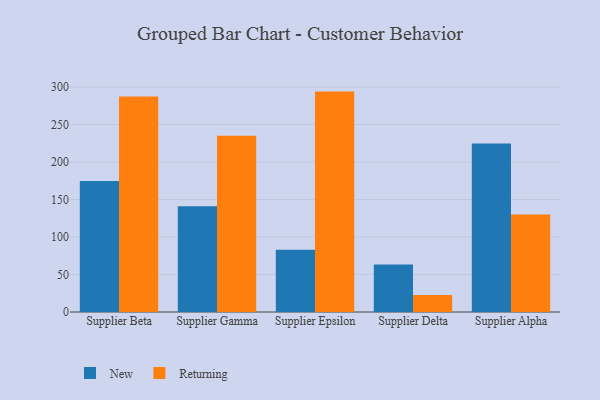
{"axis": {"x": "Supplier", "y": "Customer Acquisition Cost (USD)"}, "legend": ["New", "Returning"], "data": [{"x": "Supplier Beta", "y": 174.6, "type": "New"}, {"x": "Supplier Beta", "y": 287.5, "type": "Returning"}, {"x": "Supplier Gamma", "y": 141.0, "type": "New"}, {"x": "Supplier Gamma", "y": 234.9, "type": "Returning"}, {"x": "Supplier Epsilon", "y": 82.9, "type": "New"}, {"x": "Supplier Epsilon", "y": 293.9, "type": "Returning"}, {"x": "Supplier Delta", "y": 63.4, "type": "New"}, {"x": "Supplier Delta", "y": 22.8, "type": "Returning"}, {"x": "Supplier Alpha", "y": 224.6, "type": "New"}, {"x": "Supplier Alpha", "y": 130.0, "type": "Returning"}]}